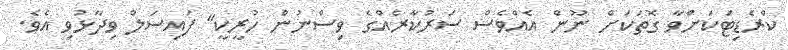
ކްރެޑިޓަކަށްވާ ގޮތަކަށް ނޫން އެއްވެސް ސަރުކާރެއްގެ ވިސްނުން ހުރީކީ" ފައިސަލް ވިދާޅުވި އެވެ.